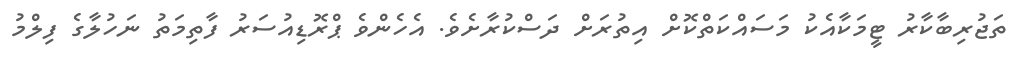
ތަޖުރިބާކާރު ޓީމަކާއެކު މަސައްކަތްކޮށް އިތުރަށް ދަސްކުރާށެވެ. އެހެންވެ ޕްރޮޑިއުސަރު ފާތިމަތު ނަހުލާގެ ފިލްމު